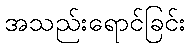
အသည်းရောင်ခြင်း